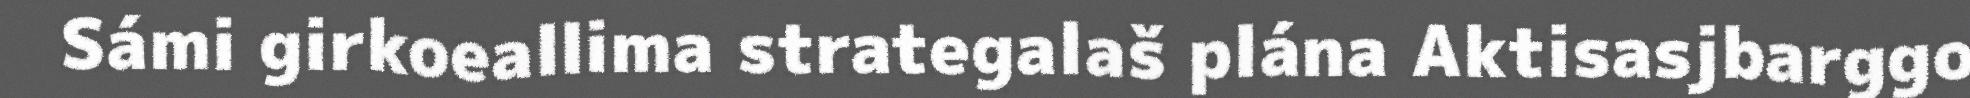
Sámi girkoeallima strategalaš plána Aktisasjbarggo